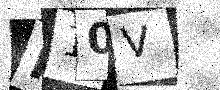
Text: H10V